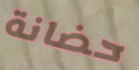
حضانة